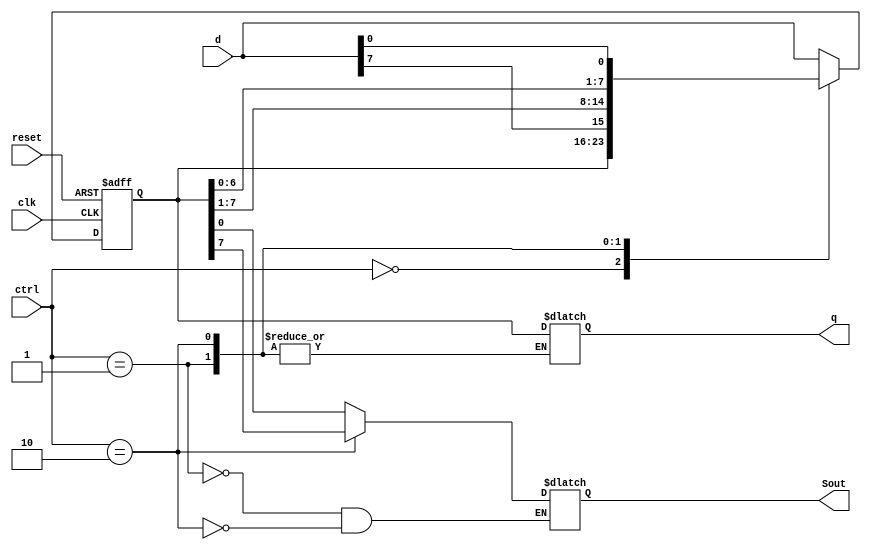
`timescale 1ns / 1ps

module Universal_shft
#(parameter N=8)
    (
    input wire clk, reset, 
    input wire [1:0] ctrl,
    input wire [N-1:0] d,
    output reg [N-1:0] q,
    output reg Sout
    );
    

//signal declaration
reg [N-1:0] r_reg, r_next;

//central block
always@(posedge clk, posedge reset)
begin
    if(reset)
        r_reg <= 0;
    else
        r_reg <= r_next;
end


//next state logic
always@(*)
begin
    case(ctrl)
    2'b00: r_next = r_reg;
    2'b01: r_next = {d[N-1], r_reg[N-1:1]}; //right
    2'b10: r_next = {r_reg[N-2:0], d[0]};   //left
    default: r_next = d;
    endcase
end

//output logic 
always@(*)
begin
    case(ctrl)
    2'b00: q = r_reg;
    2'b01: Sout = r_reg[0]; //right
    2'b10: Sout = r_reg[7]; //left
    default: q = r_reg;
    endcase
end
endmodule